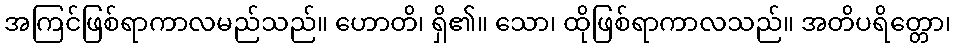
အကြင်ဖြစ်ရာကာလမည်သည်။ ဟောတိ၊ ရှိ၏။ သော၊ ထိုဖြစ်ရာကာလသည်။ အတိပရိတ္တော၊